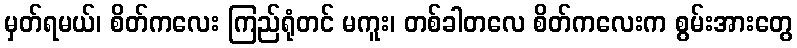
မှတ်ရမယ်၊ စိတ်ကလေး ကြည်ရုံတင် မကူး၊ တစ်ခါတလေ စိတ်ကလေးက စွမ်းအားတွေ